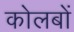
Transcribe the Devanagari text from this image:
कोलबों